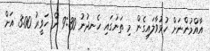
އާއްމުންނަށް ހުޅުވާލައިގެން މި ތަނުގައި ހެނދުނު 9:30 ން ހަވީރު 3:00 އަށް